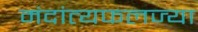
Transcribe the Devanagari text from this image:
मंदांत्यफलज्या